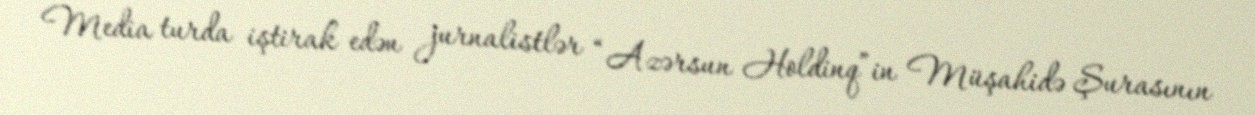
Media turda iştirak edən jurnalistlər “Azərsun Holdinq”in Müşahidə Şurasının